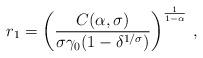
LaTeX: \begin{align*} r_1=\left(\frac{C(\alpha,\sigma)}{\sigma\gamma_0(1-\delta^{1/\sigma})}\right)^{\frac{1}{1-\alpha}}\,,\end{align*}